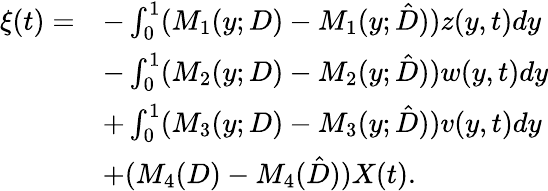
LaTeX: \begin{array}{rl}{\xi(t)=}&{-\int_{0}^{1}(M_{1}(y;D)-M_{1}(y;\hat{D}))z(y,t)dy}\\ &{-\int_{0}^{1}(M_{2}(y;D)-M_{2}(y;\hat{D}))w(y,t)dy}\\ &{+\int_{0}^{1}(M_{3}(y;D)-M_{3}(y;\hat{D}))v(y,t)dy}\\ &{+(M_{4}(D)-M_{4}(\hat{D})){X}(t).}\end{array}